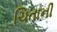
ચિતાની